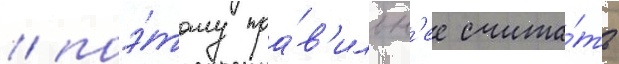
/ поэ́тому пра́в'ильн'ее счита́ть